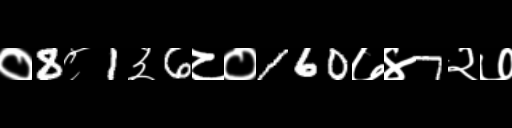
Text: ०8८1३6८०160७४7२७